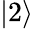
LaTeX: \lvert 2\rangle